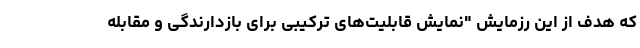
که هدف از این رزمایش "نمایش قابلیت‌های ترکیبی برای بازدارندگی و مقابله